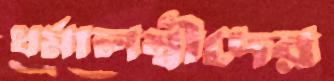
ধর্মালম্বীদের